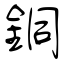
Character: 銅